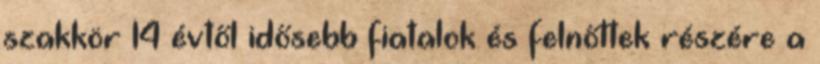
szakkör 14 évtől idősebb fiatalok és felnőttek részére a